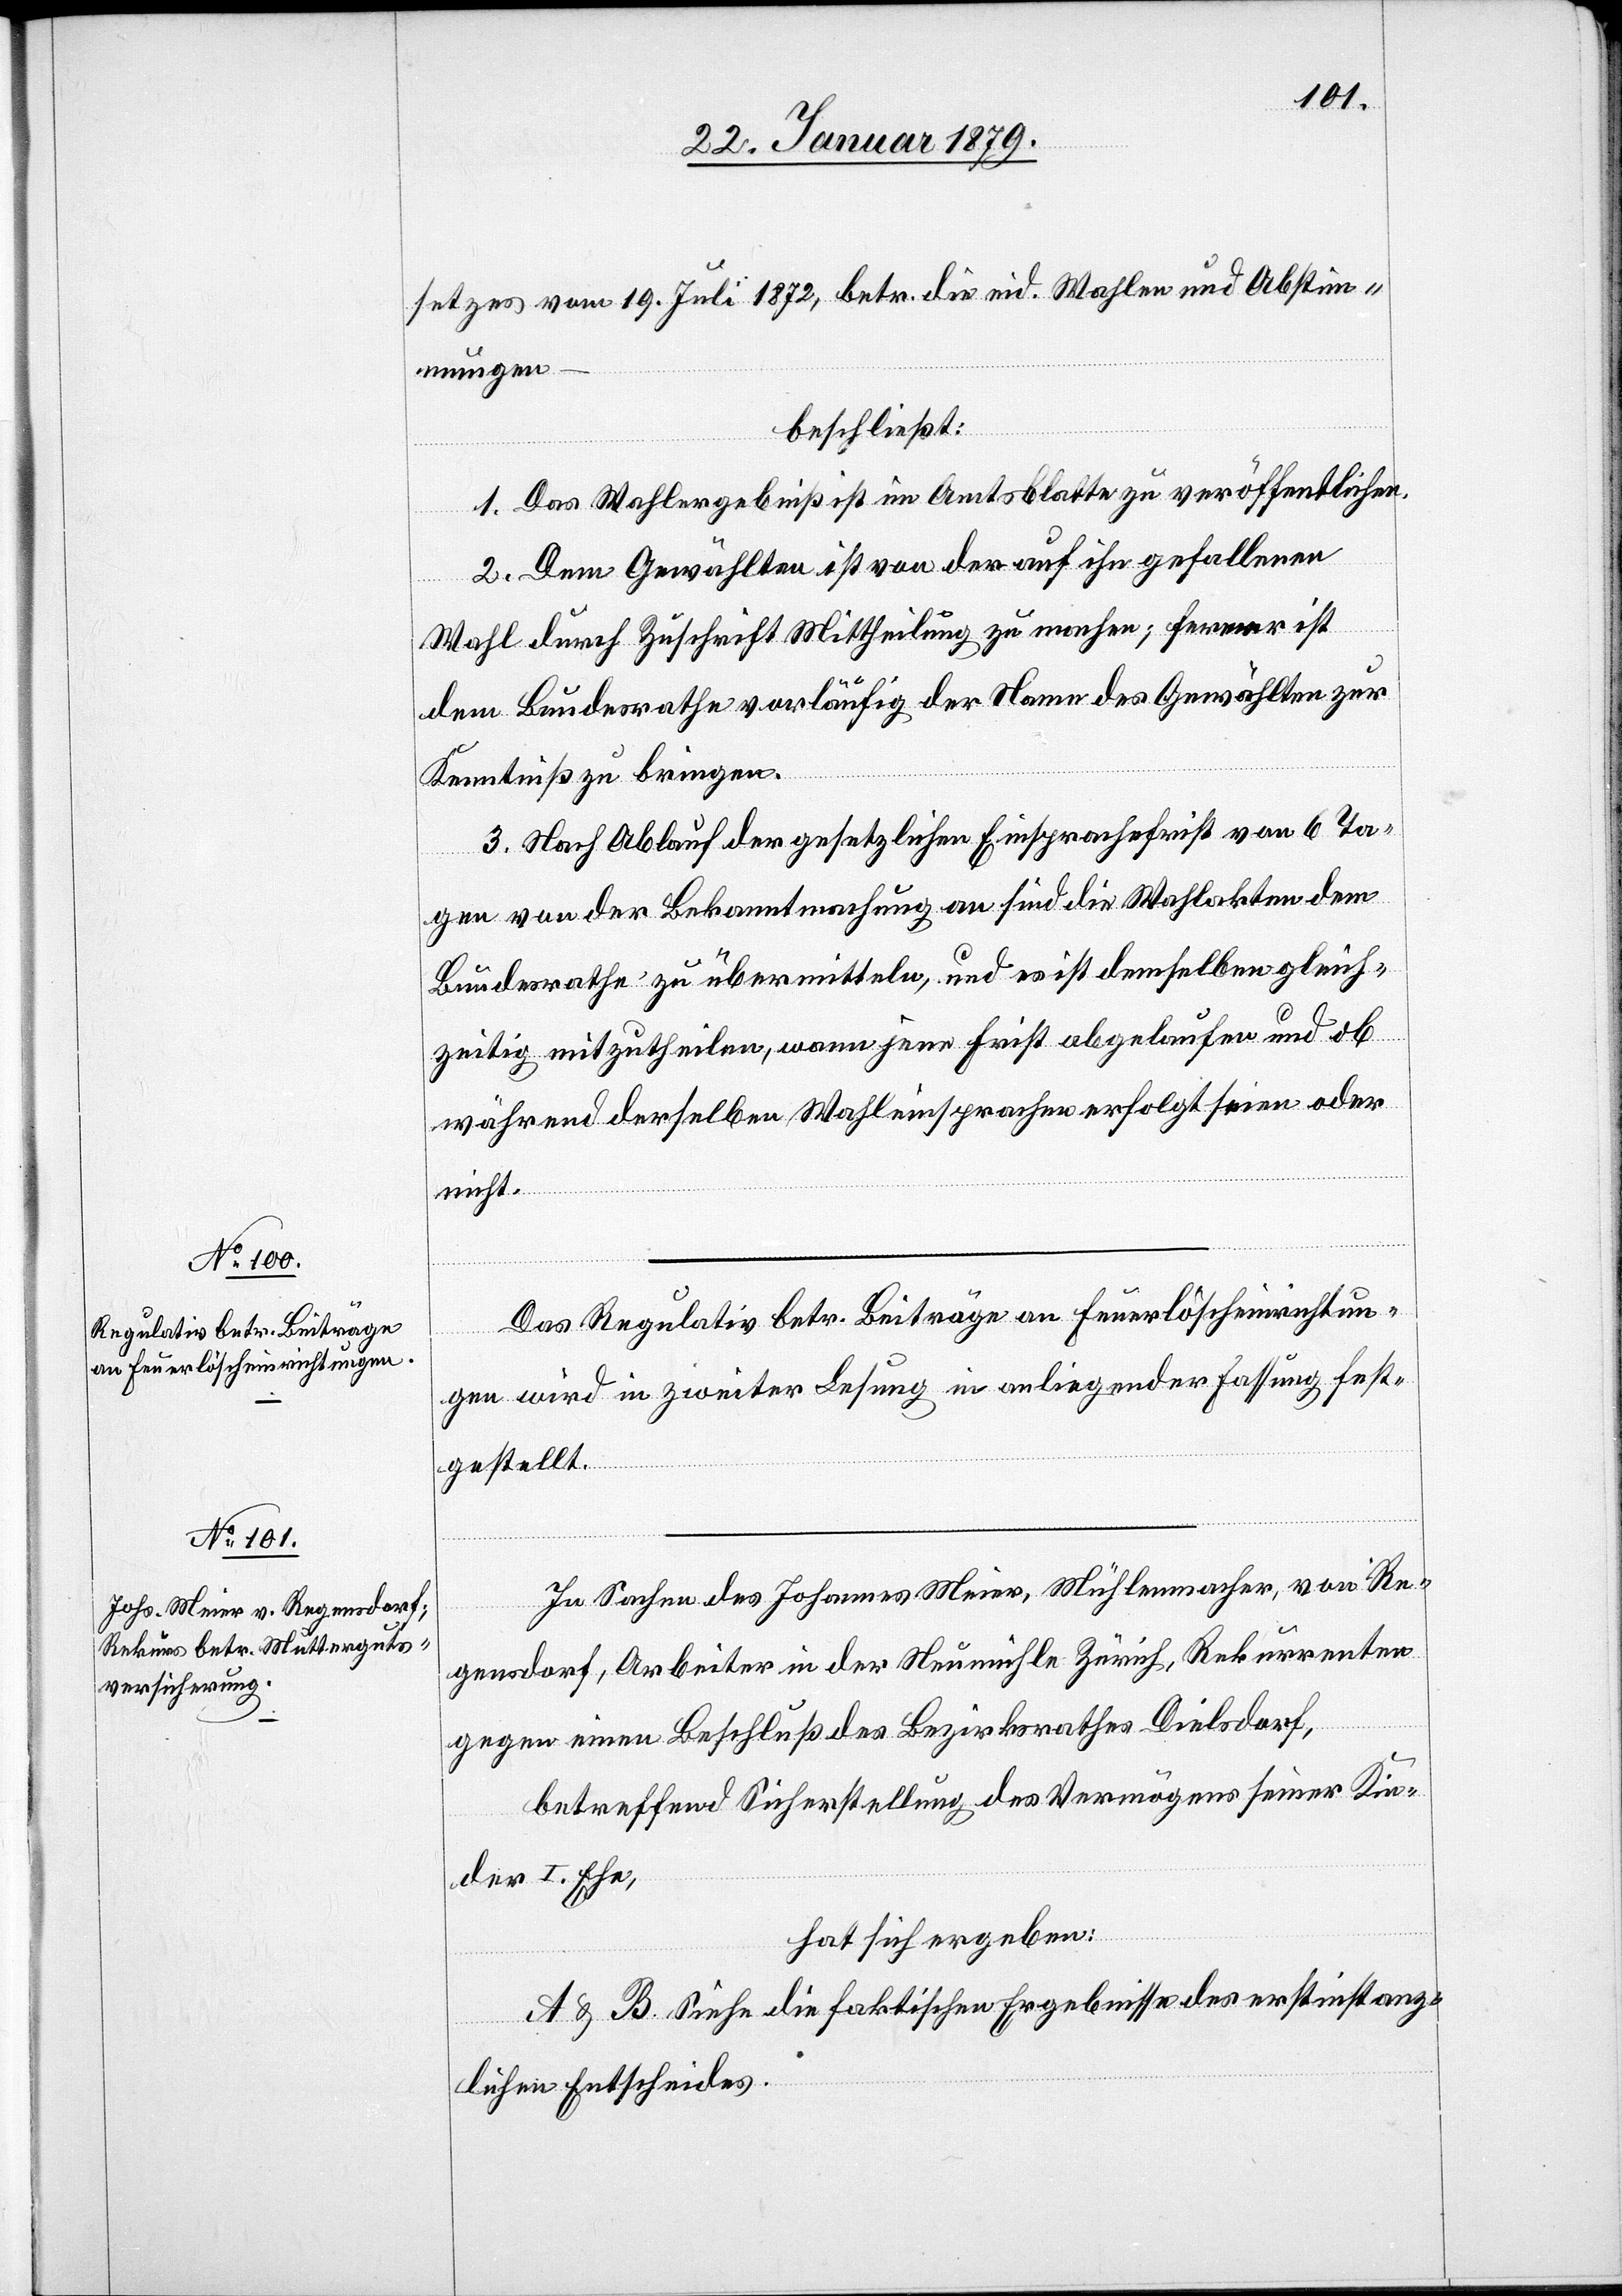
setzes vom 19. Juli 1872, betr. die eid. Wahlen und Abstim¬
mungen
–
beschließt:
1. Das Wahlergebniß ist im Amtsblatte zu veröffentlichen.
2. Dem Gewählten ist von der auf ihn gefallenen
Wahl durch Zuschrift Mittheilung zu machen; ferner ist
dem Bundesrathe vorläufig der Name des Gewählten zur
Kenntniß zu bringen.
3. Nach Ablauf der gesetzlichen Einsprachefrist von 6 Ta¬
gen von der Bekanntmachung an sind die Wahlakten dem
Bundesrathe zu übermitteln, und es ist demselben gleich¬
zeitig mitzutheilen, wann jene Frist abgelaufen und ob
während derselben Wahleinsprachen erfolgt seien oder
nicht.
Das Regulativ betr. Beiträge an Feuerlöscheinrichtun¬
gen wird in zweiter Lesung in anliegender Fassung fest¬
gestellt.
In Sachen des Johannes Meier, Mühlenmacher, von Re¬
gensdorf, Arbeiter in der Neumühle Zürich, Rekurrenten
gegen einen Beschluß des Bezirksrathes Dielsdorf,
betreffend Sicherstellung des Vermögens seiner Kin¬
der I. Ehe,
hat sich ergeben:
A & B. Siehe die faktischen Ergebnisse des erstinstanz¬
lichen Entscheides.